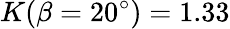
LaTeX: K(\beta=20^{\circ})=1.33